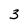
Character: 3